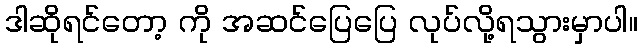
ဒါဆိုရင်တော့ ကို အဆင်ပြေပြေ လုပ်လို့ရသွားမှာပါ။